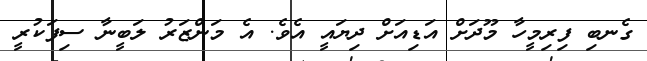
ގެނބި ފިރިމީހާ މޫދަށް އަޑިއަށް ދިޔައީ އެވެ. އެ މަންޒަރު ލަބީނާ ސިފަކުރީ